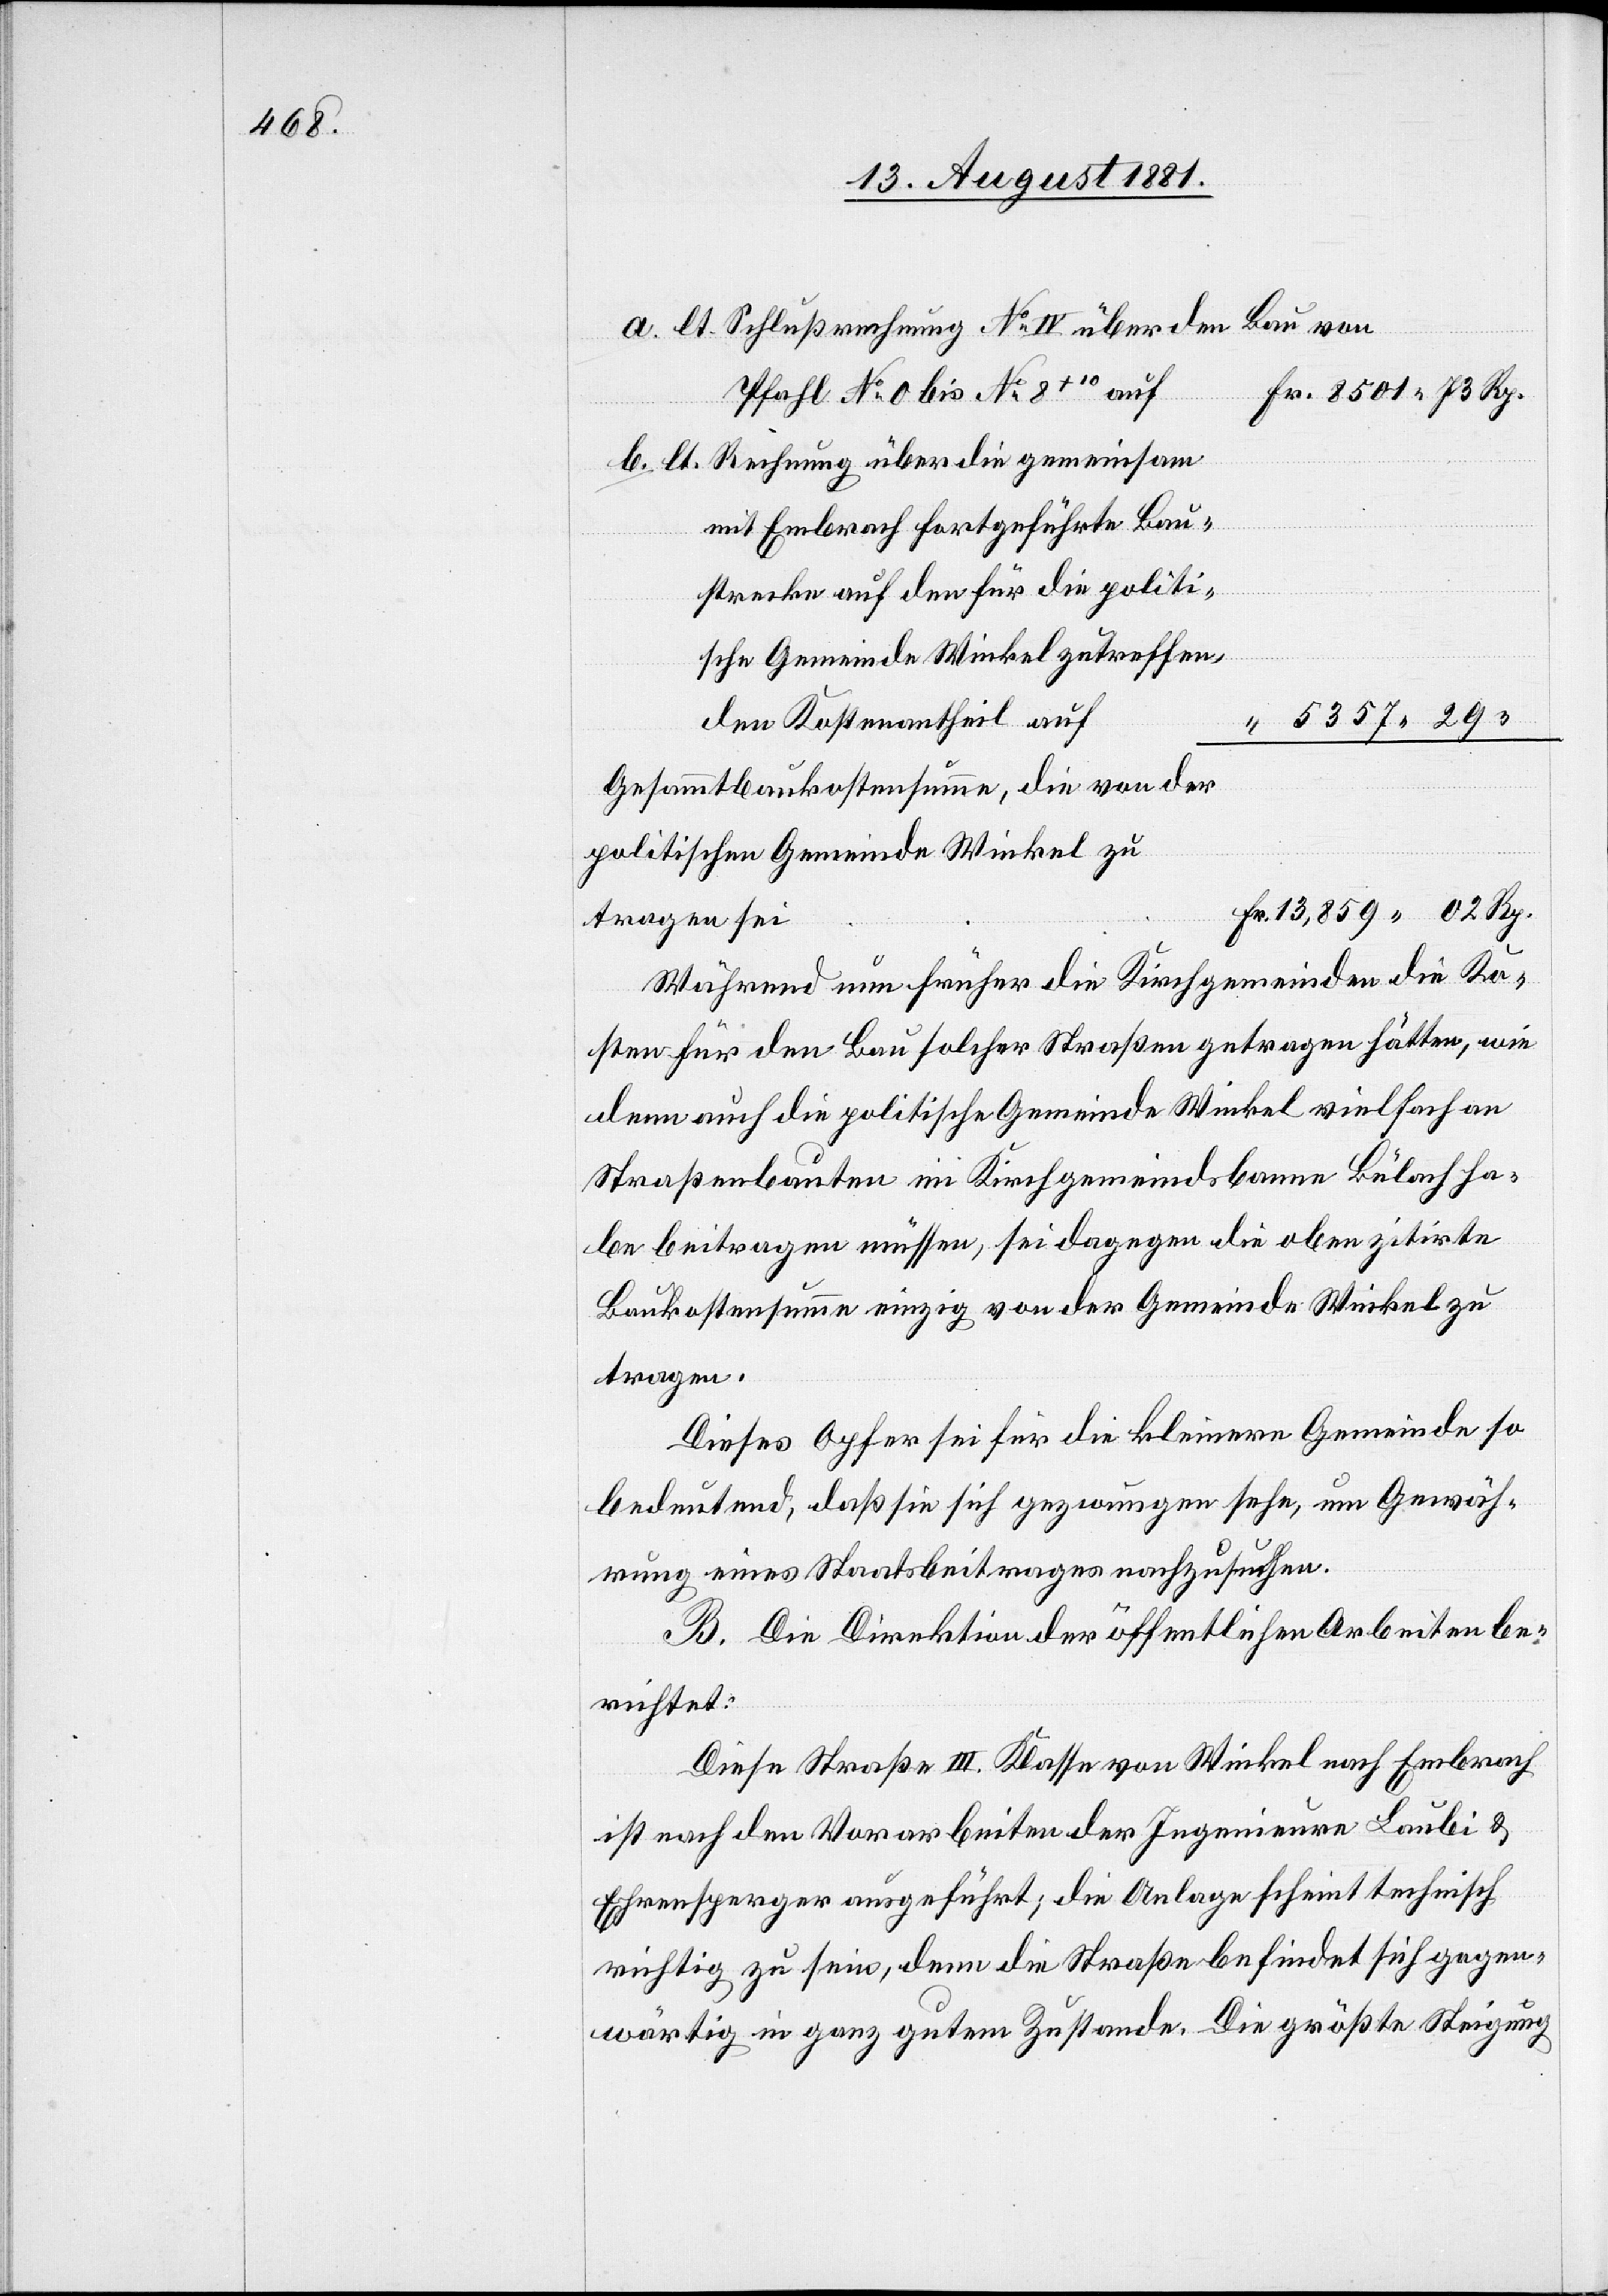
lt. Schlußrechnung No IV über den Bau von
Pfahl No 0 bis No 8+10 auf
lt. Rechnung über die gemeinsam
mit Embrach fortgeführte Bau¬
strecke auf den für die politi¬
sche Gemeinde Winkel zutreffen,
den Kostenantheil auf
5357 29
Gesammtkostensumme, die von der
politischen Gemeinde Winkel zu
tragen sei
Während nun früher die Kirchgemeinden die Ko¬
sten für den Bau solcher Straßen getragen hätten, wie
denn auch die politische Gemeinde Winkel vielfach an
Straßenbauten im Kirchgemeindsbanne Bülach ha¬
be beitragen müssen, sei dagegen die oben zitirte
Baukostensumme einzig von der Gemeinde Winkel zu
tragen.
Dieses Opfer sie für die kleinere Gemeinde so
bedeutend, daß sie sich gezwungen sehe, um Gewäh¬
rung eines Staatsbeitrages nachzusuchen.
B. Die Direktion der öffentlichen Arbeiten be¬
richtet:
Diese Straße III. Klasse von Winkel nach Embrach
ist nach den Vorarbeiten der Ingenieure Laubi &
Ehrensprenger ausgeführt; die Anlage scheint technisch
richtig zu sein, denn die Straße befindet sich gegen¬
wärtig in ganz gutem Zustande. Die größte Steigung